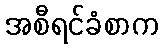
အစီရင်ခံစာက